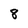
Character: 8